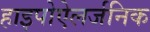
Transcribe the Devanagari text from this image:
हाइपोऐलर्जनिक